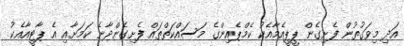
އަދި މިވަގުތުން ފެށިގެން ޕީޕީއެމާއެކު ކެމްޕެއިންގެ މަސައްކަތްތައް ފެށިގެންދާނެ ކަމަށާއި އެ ޕާޓީއާއެކު